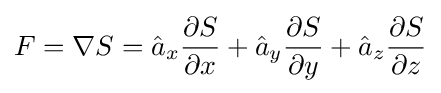
F=\nabla S={\hat {a}}_{x}{\frac {\partial S}{\partial x}}+{\hat {a}}_{y}{\frac {\partial S}{\partial y}}+{\hat {a}}_{z}{\frac {\partial S}{\partial z}}